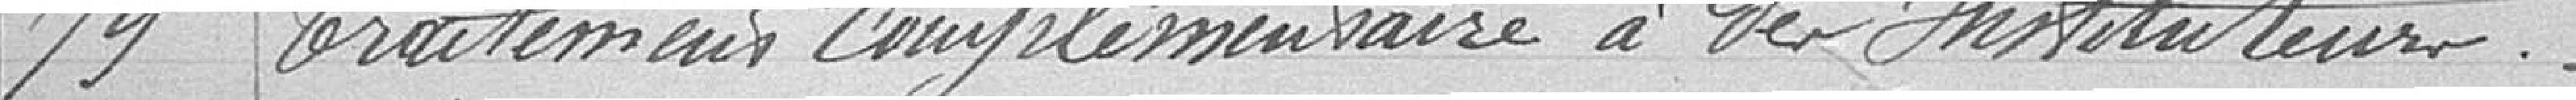
79 Traitement complémentaire à des Instituteurs